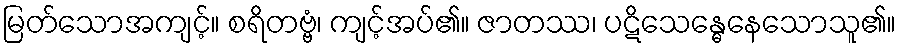
မြတ်သောအကျင့်။ စရိတဗ္ဗံ၊ ကျင့်အပ်၏။ ဇာတဿ၊ ပဋိသေန္ဓေနေသောသူ၏။